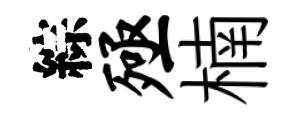
綜殛楠